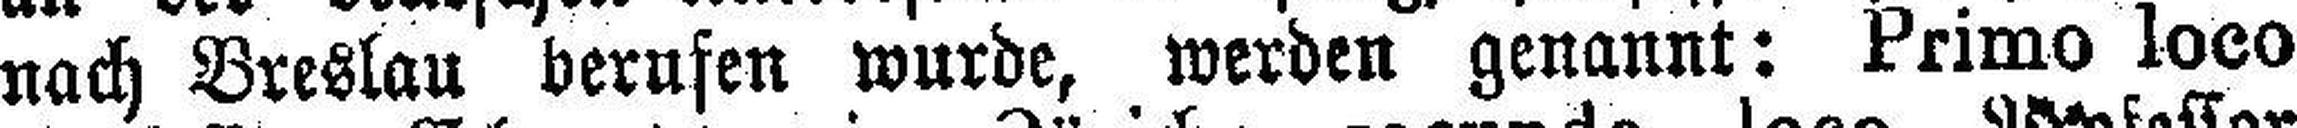
nach Breslau berufen wurde, werden genannt: Primo loco